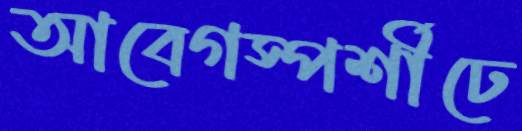
আবেগস্পর্শীঢে